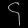
Digit: ၄